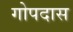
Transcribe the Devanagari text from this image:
गोपदास